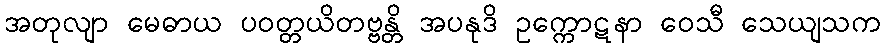
အတုလျာ မေဓာယ ပဝတ္တယိတဗ္ဗန္တိ အပနုဒိ ဥက္ကောဋနာ ဝေသီ သေယျသက